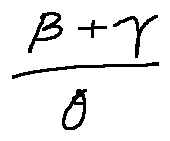
\frac { \beta + \gamma } { \theta }